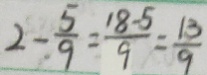
2 - \frac { 5 } { 9 } = \frac { 1 8 - 5 } { 9 } = \frac { 1 3 } { 9 }